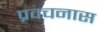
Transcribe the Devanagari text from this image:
प्रवचनास